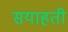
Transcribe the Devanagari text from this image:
सयाहती